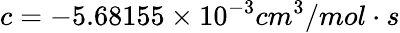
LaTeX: c=-5.68155\times 10^{-3}cm^{3}/mol\cdot s